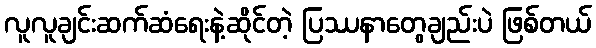
လူလူချင်းဆက်ဆံရေးနဲ့ဆိုင်တဲ့ ပြဿနာတွေချည်းပဲ ဖြစ်တယ်